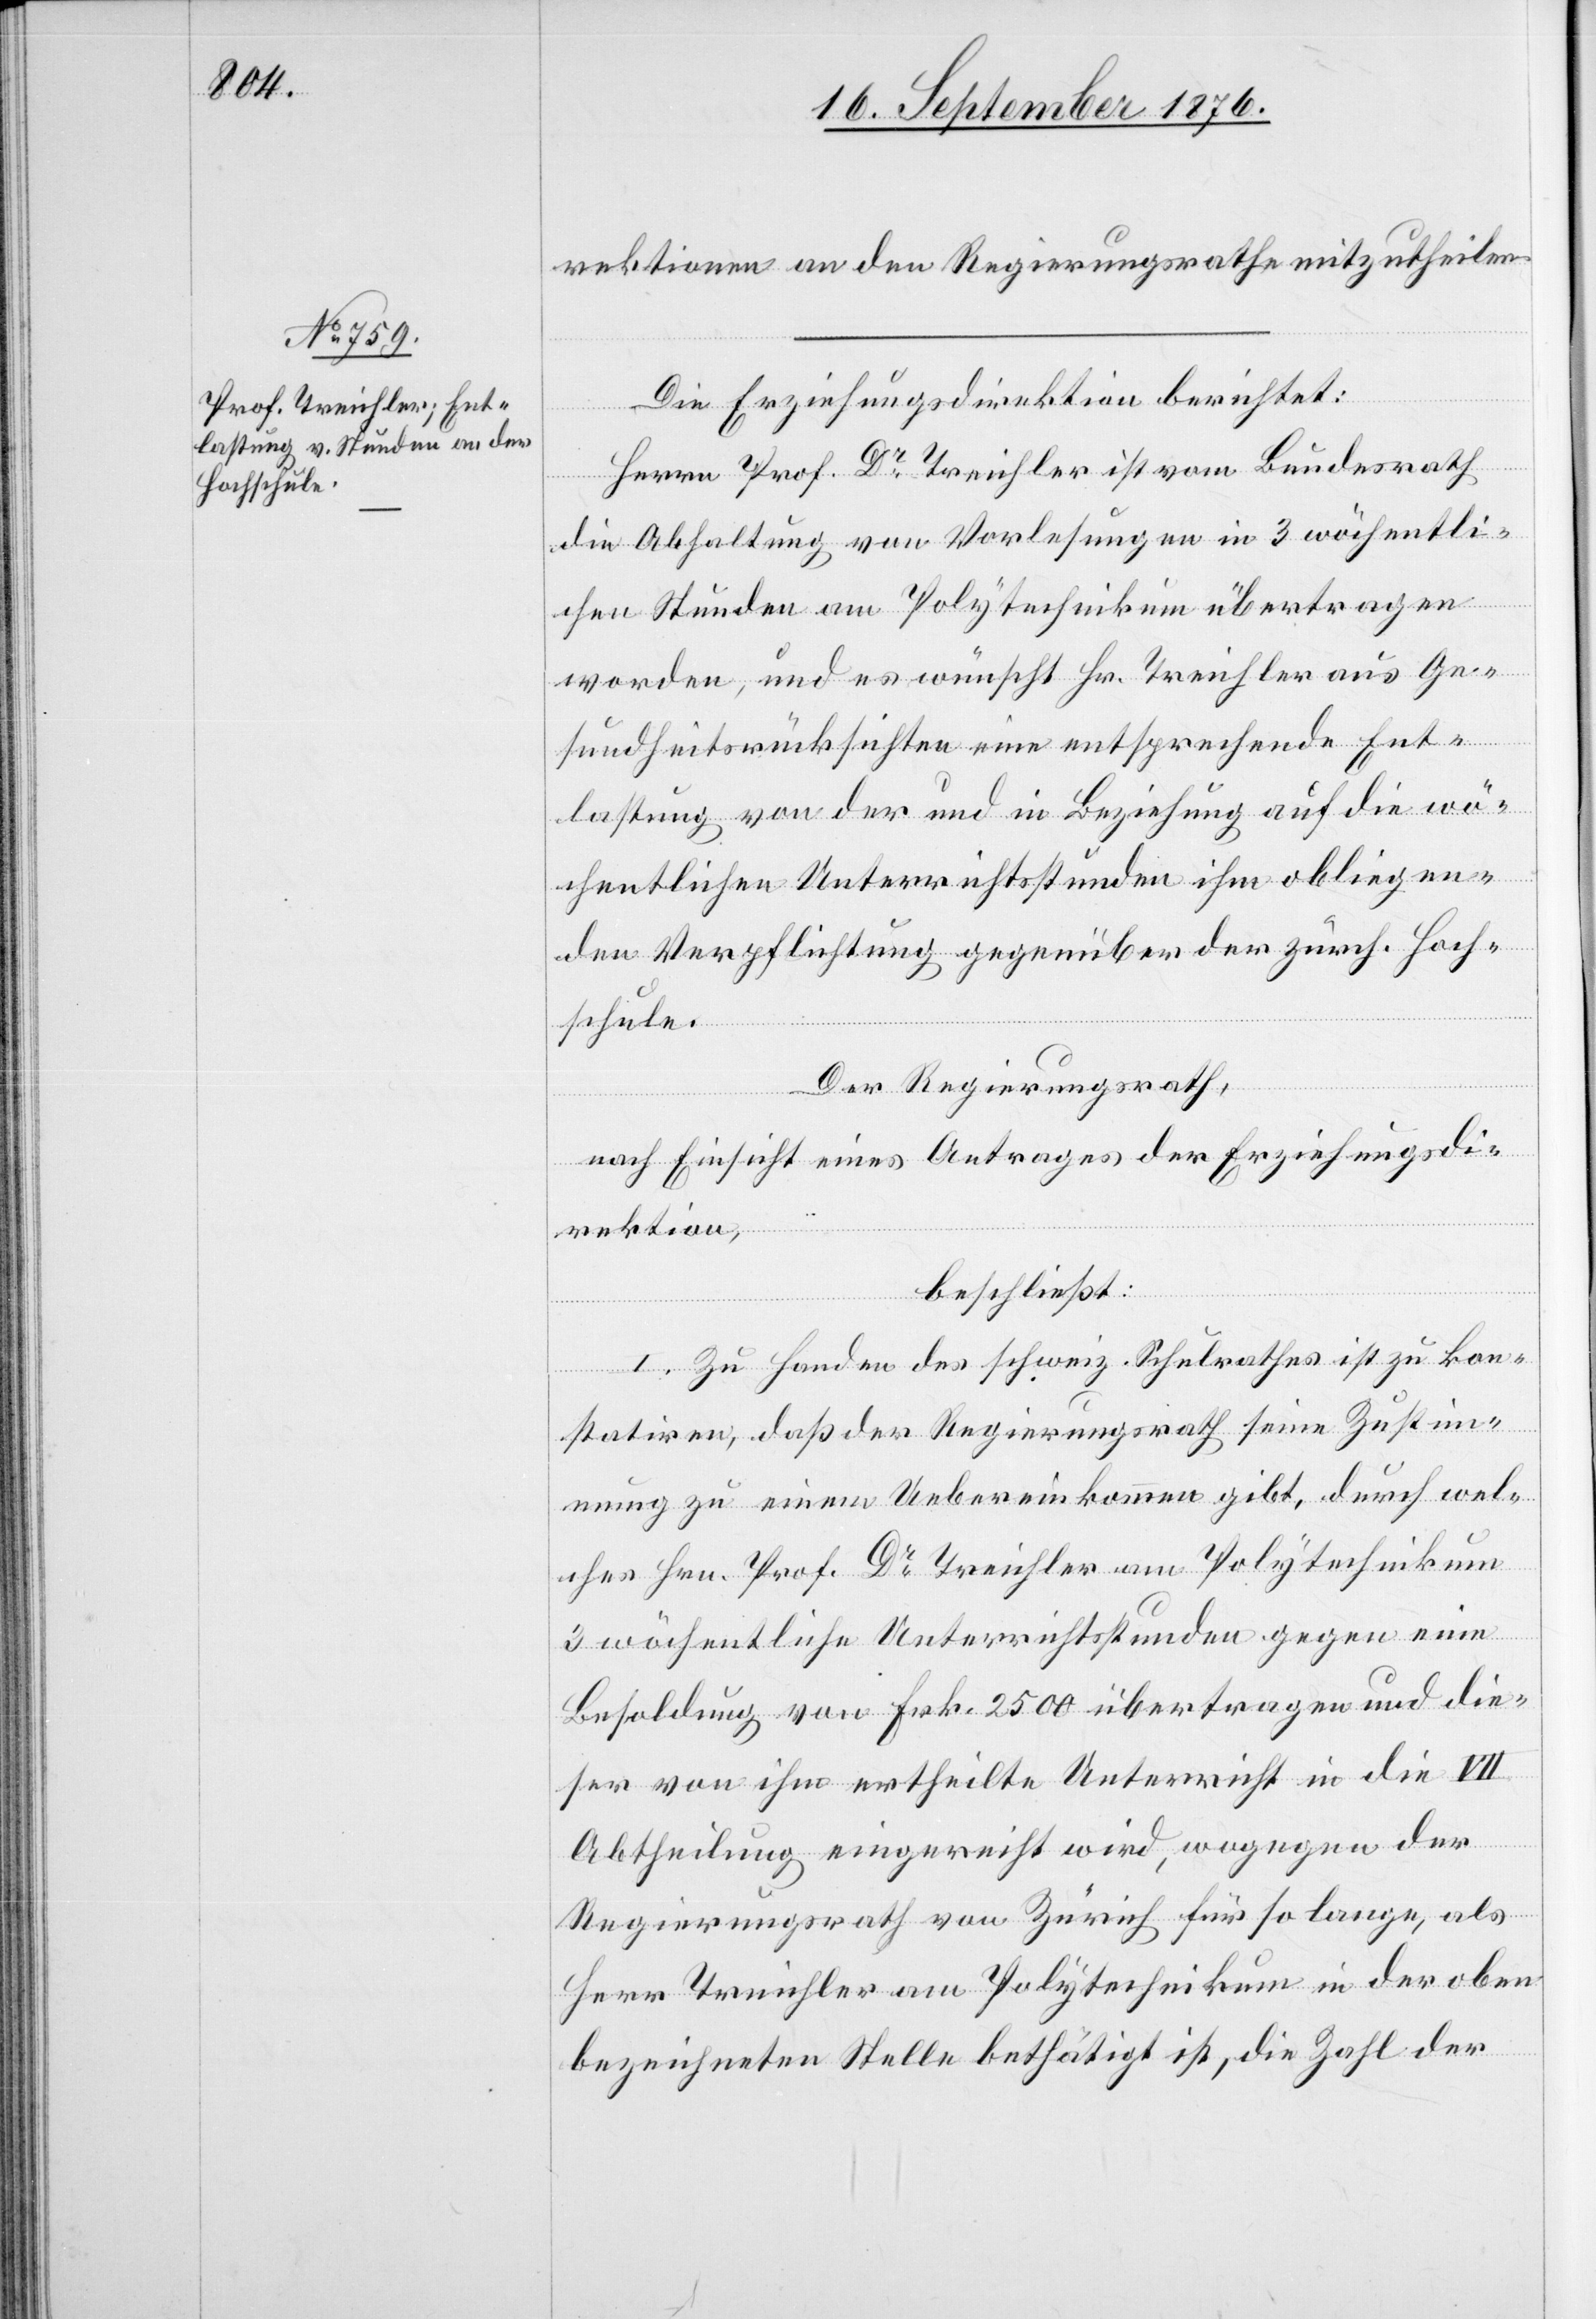
rektionen an den Regierungsrathe mitzutheilen.
Die Erziehungsdirektion berichtet:
Herrn Prof. Dr Treichler ist vom Bundesrath
die Abhaltung von Vorlesungen in 3 wöchentli¬
chen Stunden am Polytechnikum übertragen
worden, und es wünscht Hr. Treichler aus Ge¬
sundheitsrücksichten eine entsprechende Ent¬
lastung von der und in Beziehung auf die wö¬
hen Verpflichtungen gegenüber der zürch. Hoch¬
schule.
Der Regierungsrath,
nach Einsicht eines Antrages der Erziehungsdi¬
rektion,
tlic¬
beschließt:
I. Zu Handen des schweiz. Schulrathes ist zu kon¬
statiren, daß der Regierungsrath seine Zustim¬
mung zu einem Uebereinkommen gibt, durch wel¬
ches Hrn. Prof. Dr Treichler am Polytechnikum
3 wöchentliche Unterrichtsstunden gegen eine
Besoldung von Frk. 2500 übertragen und die¬
ser von ihm ertheilte Unterricht in die VII
Abtheilung eingereiht wird, wogegen der
Regierungsrath von Zürich für so lange, als
Herr Treichler am Polytechnikum in der oben
bezeichneten Stelle bethätigt ist, die Zahl der